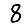
Digit: 8